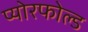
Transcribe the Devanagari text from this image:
प्योरफोल्ड